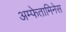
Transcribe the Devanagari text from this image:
अम्फेतामिनेस